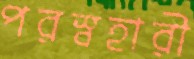
পরস্বহারী